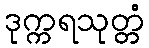
ဒုက္ကရသုတ္တံ